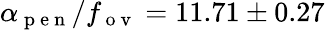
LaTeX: \alpha_{\mathrm{~p~e~n~}}/f_{\mathrm{~o~v~}}=11.71\pm 0.27